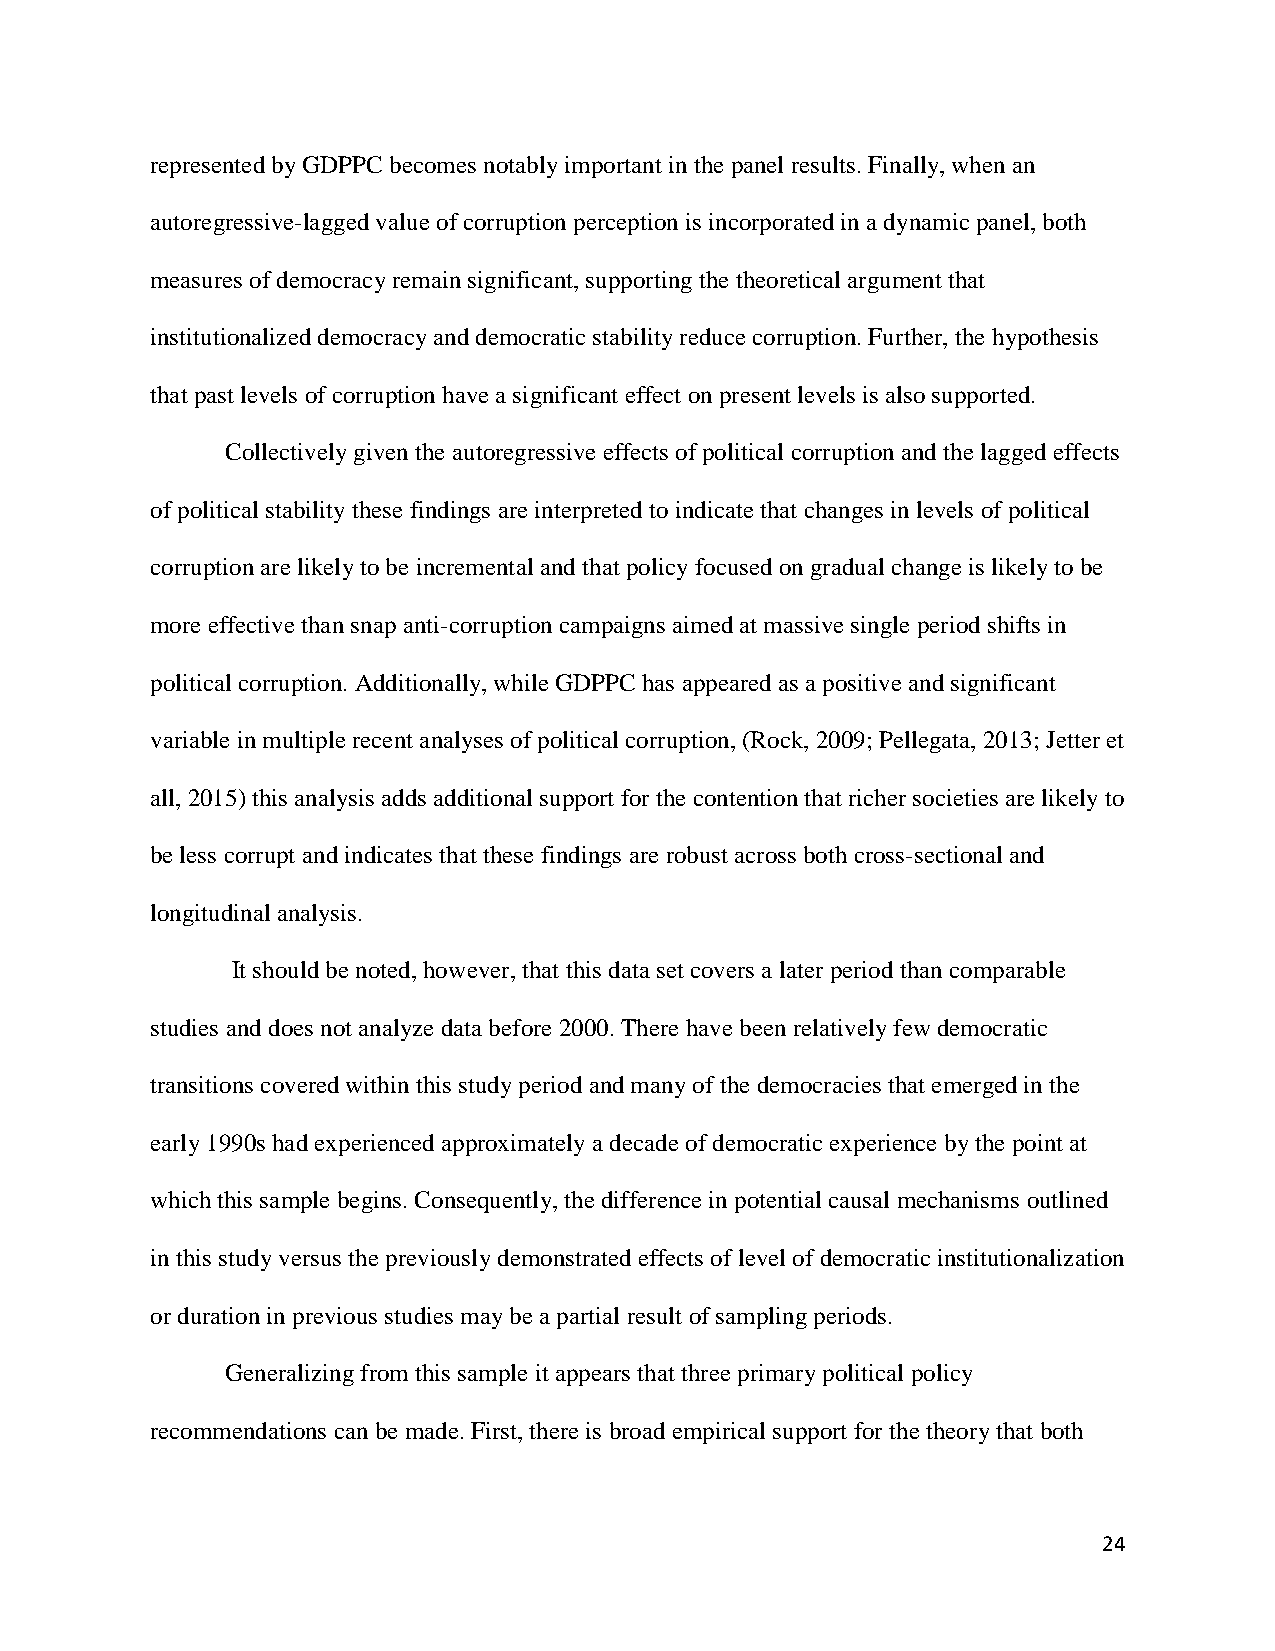
represented by GDPPC becomes notably important in the panel results. Finally, when an
 autoregressive-lagged value of corruption perception is incorporated in a dynamic panel, both
 measures of democracy remain significant, supporting the theoretical argument that
 institutionalized democracy and democratic stability reduce corruption. Further, the hypothesis
 that past levels of corruption have a significant effect on present levels is also supported.
 Collectively given the autoregressive effects of political corruption and the lagged effects
 of political stability these findings are interpreted to indicate that changes in levels of political
 corruption are likely to be incremental and that policy focused on gradual change is likely to be
 more effective than snap anti-corruption campaigns aimed at massive single period shifts in
 political corruption. Additionally, while GDPPC has appeared as a positive and significant
 variable in multiple recent analyses of political corruption, (Rock, 2009; Pellegata, 2013; Jetter et
 all, 2015) this analysis adds additional support for the contention that richer societies are likely to
 be less corrupt and indicates that these findings are robust across both cross-sectional and
 longitudinal analysis.
 It should be noted, however, that this data set covers a later period than comparable
 studies and does not analyze data before 2000. There have been relatively few democratic
 transitions covered within this study period and many of the democracies that emerged in the
 early 1990s had experienced approximately a decade of democratic experience by the point at
 which this sample begins. Consequently, the difference in potential causal mechanisms outlined
 in this study versus the previously demonstrated effects of level of democratic institutionalization
 or duration in previous studies may be a partial result of sampling periods.
 Generalizing from this sample it appears that three primary political policy
 recommendations can be made. First, there is broad empirical support for the theory that both
 24